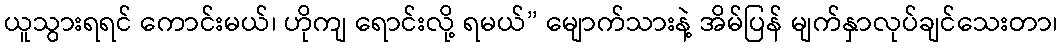
ယူသွားရရင် ကောင်းမယ်၊ ဟိုကျ ရောင်းလို့ ရမယ်” မျောက်သားနဲ့ အိမ်ပြန် မျက်နှာလုပ်ချင်သေးတာ၊